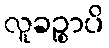
လူခဉ္စာပိ